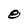
Character: 8